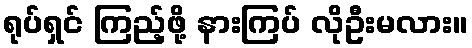
ရုပ်ရှင် ကြည့်ဖို့ နားကြပ် လိုဦးမလား။